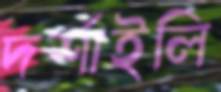
দর্শাইলি